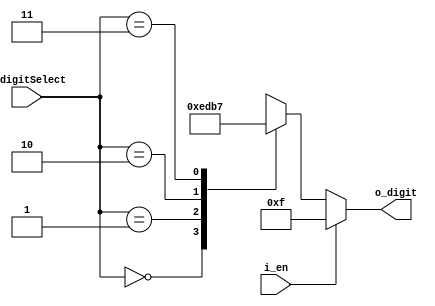
`timescale 1ns / 1ps

module FND_Select_Decoder(
    input[1:0] i_digitSelect,  // 2bit
    input i_en,
    output[3:0] o_digit  // 4bit
    );
    // reg   input,output wire()  
    //     x
    reg[3:0] r_digit;  
    
    assign o_digit = r_digit;

    always @(i_digitSelect, i_en) begin  //  ()    ,   ( ,  or   )
        if(i_en) begin  // en = 1 
            r_digit = 4'b1111;  // 4'b1111  o_digit  
        end

        else begin  // i_en = 0
            case (i_digitSelect)  //     ? 
                2'h0 : r_digit = 4'b1110;
                2'h1 : r_digit = 4'b1101;
                2'h2 : r_digit = 4'b1011;
                2'h3 : r_digit = 4'b0111;
            endcase
        end

        
    end



endmodule